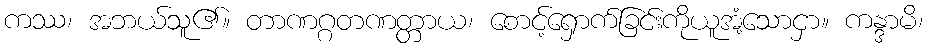
ကဿ၊ အဘယ်သူ၏။ တာဏဂ္ဂတဏတ္တာယ၊ စောင့်ရှောက်ခြင်းကိုယူအံ့သောငှာ။ ကန္ဒာမိ၊